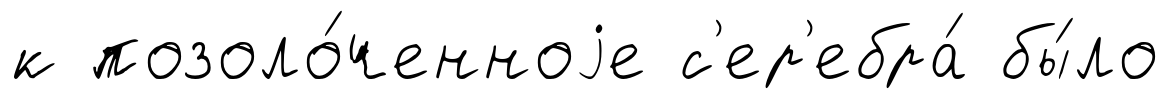
к позоло́ченноjе с'ер'ебра́ бы́ло